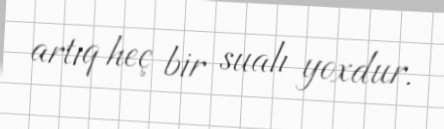
artıq heç bir sualı yoxdur.